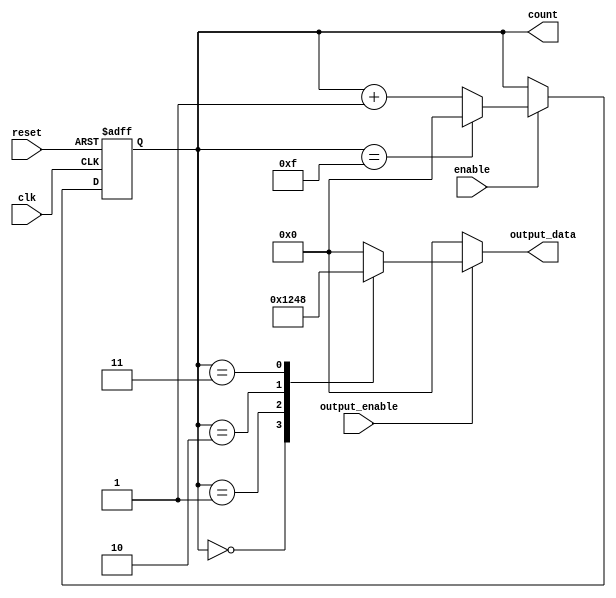
module SynchronousCounter (
    input wire clk,          // Clock input
    input wire reset,        // Asynchronous reset
    input wire enable,       // Enable input
    input wire output_enable, // Output enable input
    output reg [3:0] count,  // 4-bit counter state register (0 to 15)
    output reg [3:0] output_data // Conditional output based on count
);

// Counting sequence logic (binary counting)
always @(posedge clk or posedge reset) begin
    if (reset) begin
        count <= 4'b0000; // Reset count to 0
    end else if (enable) begin
        if (count == 4'b1111) begin
            count <= 4'b0000; // Wrap around to 0
        end else begin
            count <= count + 1; // Increment the count
        end
    end
end

// Output control logic
always @(*) begin
    if (output_enable) begin
        case (count)
            4'b0000: output_data = 4'b0001; // Custom output for count 0
            4'b0001: output_data = 4'b0010; // Custom output for count 1
            4'b0010: output_data = 4'b0100; // Custom output for count 2
            4'b0011: output_data = 4'b1000; // Custom output for count 3
            // You can define more cases as needed
            default: output_data = 4'b0000; // Default case
        endcase
    end else begin
        output_data = 4'b0000; // Hold inactive output when output_enable is low
    end
end

endmodule